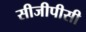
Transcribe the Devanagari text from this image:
सीजीपीसी